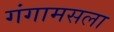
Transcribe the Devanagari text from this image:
गंगामसला